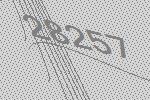
28257